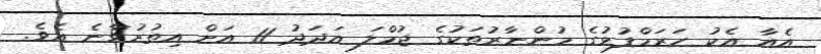
އެއާ އެކު ހަރަމްފުޅުގެ މުންނާރުތަކުގެ ޖުމްލަ އަދަދު 11 އަށް އިތުރުވާނެ އެވެ.